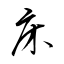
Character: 床